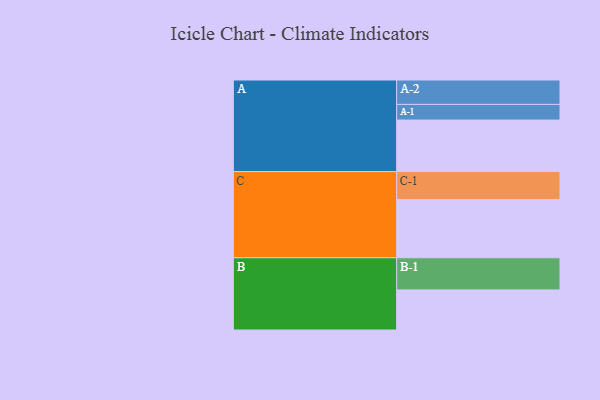
{"axis": {"x": "Segment", "y": "Value"}, "legend": ["", "A", "B", "C"], "data": [{"x": "A", "y": 418, "type": ""}, {"x": "B", "y": 325, "type": ""}, {"x": "C", "y": 472, "type": ""}, {"x": "A-1", "y": 127, "type": "A"}, {"x": "A-2", "y": 198, "type": "A"}, {"x": "B-1", "y": 261, "type": "B"}, {"x": "C-1", "y": 227, "type": "C"}]}